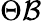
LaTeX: \Theta{\mathcal{B}}